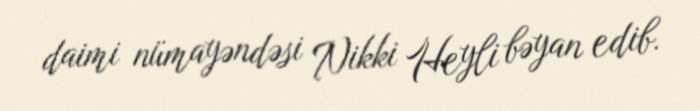
daimi nümayəndəsi Nikki Heyli bəyan edib.